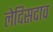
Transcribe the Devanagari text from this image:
लेदिसदाव